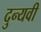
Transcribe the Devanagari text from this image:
दुन्यवी